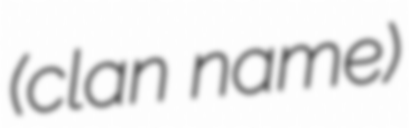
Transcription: (clan name)